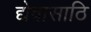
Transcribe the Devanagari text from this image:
द्येवासाठि